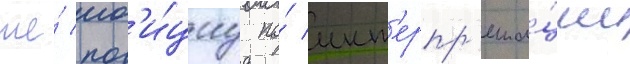
же́ поз'и́циу по́ инт'ерпр'ета́ции